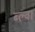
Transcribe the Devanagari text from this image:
ब्ल्वा